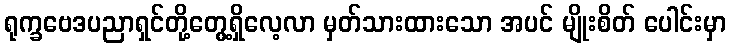
ရုက္ခဗေဒပညာရှင်တို့တွေ့ရှိလေ့လာ မှတ်သားထားသော အပင် မျိုးစိတ် ပေါင်းမှာ